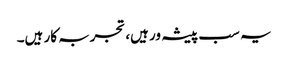
یہ سب پیشہ ور ہیں، تجربہ کار ہیں۔